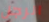
الرجل